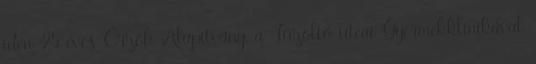
idén 25 éves Őrzők Alapítvány, a Tűzoltó utcai Gyermekklinikával